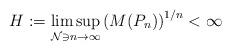
LaTeX: \begin{align*} H:=\limsup_{{\mathcal N}\ni n\to\infty} \left(M(P_n)\right)^{1/n} < \infty\end{align*}